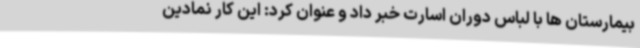
بیمارستان ها با لباس دوران اسارت خبر داد و عنوان کرد: این کار نمادین